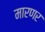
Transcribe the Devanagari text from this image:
मारणर